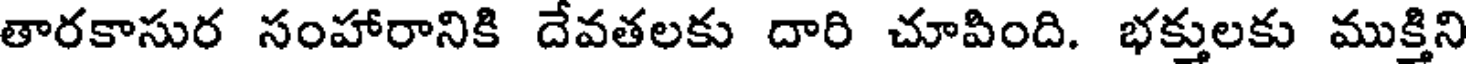
తారకాసుర సంహారానికి దేవతలకు దారి చూపింది. భక్తులకు ముక్తిని